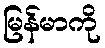
မြန်မာကို